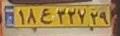
۱۸ع۳۲۷۲۹